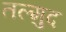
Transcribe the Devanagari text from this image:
तल्मुद